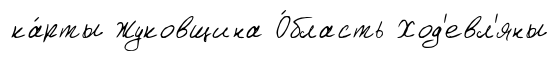
ка́рты Жуковщина О́бласть Ход'евл'яны